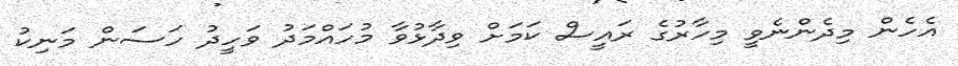
އެހެން މިދެންނެވީ މިހާރުގެ ރައީސް ކަމަށް ވިދާޅުވާ މުހައްމަދު ވަހީދު ހަސަން މަނިކު